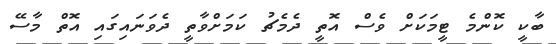
ބާކީ ކޮންމެ ޓީމަކަށް ވެސް އޮތީ ދެމެޗު ކަމަށްވާތީ ދެވަނައިގައި އޮތް މާސޭ